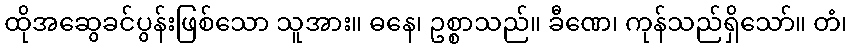
ထိုအဆွေခင်ပွန်းဖြစ်သော သူအား။ ဓနေ၊ ဥစ္စာသည်။ ခီဏေ၊ ကုန်သည်ရှိသော်။ တံ၊